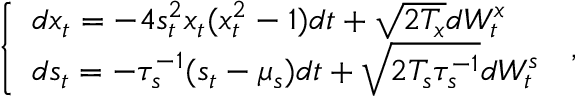
\begin{array} { r } { \left\{ \begin{array} { l l } { d x _ { t } = - 4 s _ { t } ^ { 2 } x _ { t } ( x _ { t } ^ { 2 } - 1 ) d t + \sqrt { 2 T _ { x } } d W _ { t } ^ { x } } \\ { d s _ { t } = - \tau _ { s } ^ { - 1 } ( s _ { t } - \mu _ { s } ) d t + \sqrt { 2 T _ { s } \tau _ { s } ^ { - 1 } } d W _ { t } ^ { s } } \end{array} \right. \, , } \end{array}